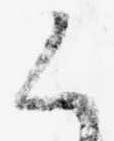
く